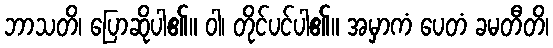
ဘာသတိ၊ ပြောဆိုပါ၏။ ဝါ၊ တိုင်ပင်ပါ၏။ အမှာကံ ပေတံ ခမတီတိ၊